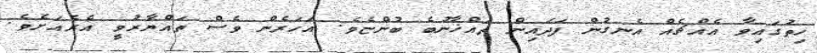
ހިތުގައިވާ އެއްޗެއް އެނގުން ފަދައިން ތައްޚާނުބެ ބުންޏެވެ. އަހަރެން ވެސް ތައްޔާރުވީ އެރެއަށެވެ.